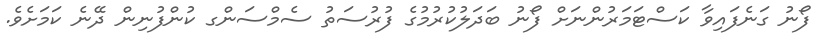
ފޯނު ގަނެފައިވާ ކަސްޓަމަރުންނަށް ފޯނު ބަދަލުކުރުމުގެ ފުރުސަތު ސެމްސަންގ ކުންފުނިން ދޭނެ ކަމަށެވެ.